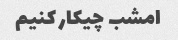
امشب چیکار کنیم